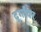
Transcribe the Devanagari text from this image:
दुर्गांवर